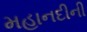
મહાનદીની